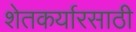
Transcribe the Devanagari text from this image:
शेतकर्यारसाठी